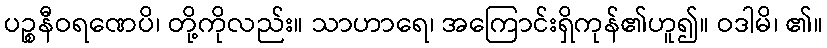
ပဉ္စနီဝရဏေပိ၊ တို့ကိုလည်း။ သာဟာရေ၊ အကြောင်းရှိကုန်၏ဟူ၍။ ဝဒါမိ၊ ၏။